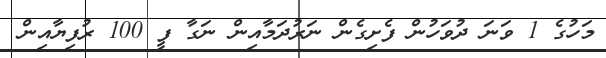
މަހުގެ 1 ވަނަ ދުވަހުން ފެށިގެން ނަރުދަމާއިން ނަގާ ފީ 100 ރުފިޔާއިން